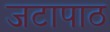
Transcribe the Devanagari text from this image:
जटापाठ